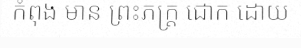
កំពុង មាន ព្រះភក្ត្រ ជោក ដោយ